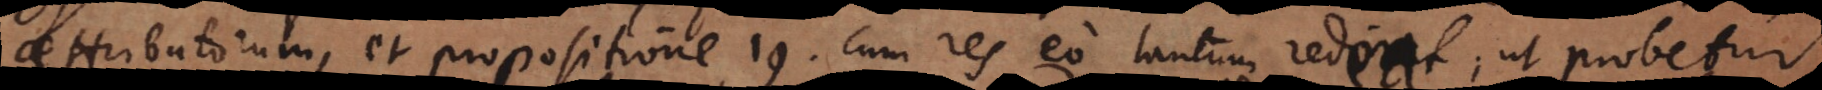
ributorum, et propositione 19, cum res eo tantum redeat, ut probetur